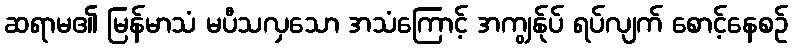
ဆရာမ၏ မြန်မာသံ မပီသလှသော အသံကြောင့် အကျွန်ုပ် ရပ်လျက် စောင့်နေစဉ်